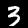
Digit: 3